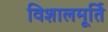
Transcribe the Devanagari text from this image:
विशालमूर्ति